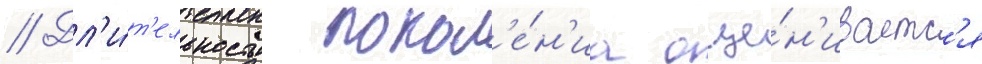
// Дл'и́т'ельность покол'е́н'иа оце́н'иваетс'я